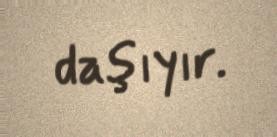
daşıyır.